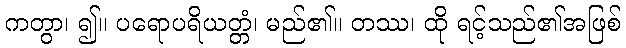
ကတွာ၊ ၍။ ပရောပရိယတ္တံ၊ မည်၏။ တဿ၊ ထို ရင့်သည်၏အဖြစ်